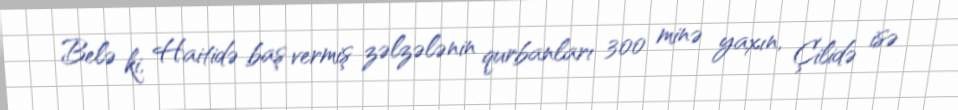
Belə ki, Haitidə baş vermiş zəlzələnin qurbanları 300 minə yaxın, Çilidə isə